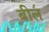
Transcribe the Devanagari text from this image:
बील॔